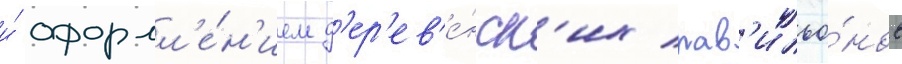
и́ оформл'е́н'ием д'ер'ев'е́нск'их пав'ильо́нов